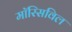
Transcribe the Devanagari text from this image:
मॉरिसविल